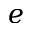
e